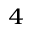
^ 4